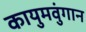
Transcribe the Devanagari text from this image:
कायुमवुंगान